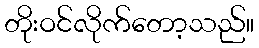
တိုးဝင်လိုက်တော့သည်။